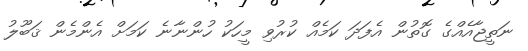
ނަތީޖާއެއްގެ ގޮތުން އެފަދަ ކަމެއް ކުރުވި މީހަކު ހުންނާނެ ކަމަށް އެންމެން ޤަބޫލު